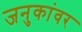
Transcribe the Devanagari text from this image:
जनुकांवर